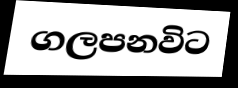
ගලපනවිට